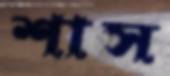
শাস